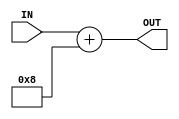
`timescale 1ns / 1ps
//////////////////////////////////////////////////////////////////////////////////
// Company: 
// 
// Design Name: 
// Module Name:    Adder8 
// Project Name: 
// Target Devices: 
// Tool versions: 
// Description: 
//
// Dependencies: 
//
// Revision: 
// Revision 0.01 - File Created
// Additional Comments: 
//
//////////////////////////////////////////////////////////////////////////////////
module Adder8(
	input [31:0] IN,
	
	output [31:0] OUT
   );
	
	assign OUT=IN+8;

endmodule